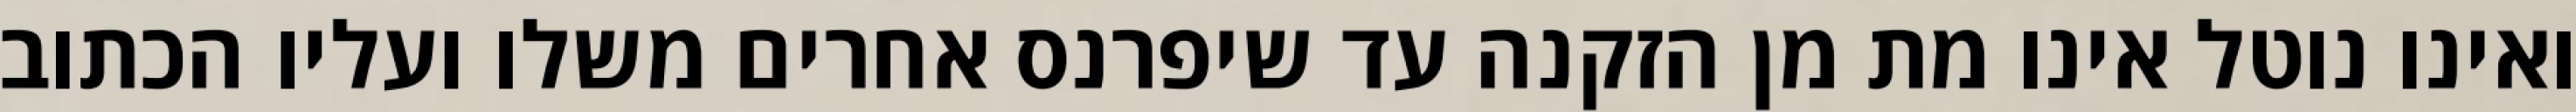
ואינו נוטל אינו מת מן הזקנה עד שיפרנס אחרים משלו ועליו הכתוב